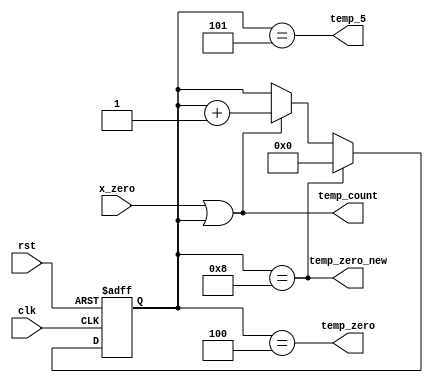
module temp_counter_Layer_6(temp_count,temp_zero,clk,rst,x_zero,temp_zero_new,temp_5);
output wire  temp_count,temp_zero,temp_zero_new,temp_5;
input wire clk,rst,x_zero;
reg [3:0] temp;
always @ (posedge clk or negedge rst)
	begin
		if (!rst )
			 temp<=5;
		else if ( temp==8)
			 temp<=0;	
		else if ((x_zero)||temp)
			 temp<= temp+4'b1;
	end
	
assign temp_count=(x_zero)||temp;
assign temp_zero=(temp==4);
assign temp_zero_new=(temp==8);
assign temp_5=(temp==5);
endmodule